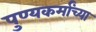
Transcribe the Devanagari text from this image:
पुण्यकर्मांच्या